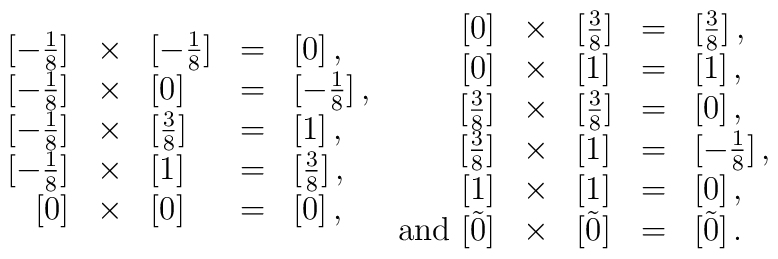
\begin{array}{rclcl}{}[-\frac{1}{8}]&\times&[-\frac{1}{8}] & = & [0]        \,,\\{}[-\frac{1}{8}]&\times&[0]        & = & [-\frac{1}{8}] \,,\\{}[-\frac{1}{8}]&\times&[\frac{3}{8}]  & = & [1]        \,,\\{}[-\frac{1}{8}]&\times&[1]        & = & [\frac{3}{8}]  \,,\\{}       [0]&\times&[0]        & = & [0]        \,,  \end{array}  \begin{array}{rclcl}{}       [0]&\times&[\frac{3}{8}]  & = & [\frac{3}{8}]  \,,\\{}       [0]&\times&[1]        & = & [1]        \,,\\{} [\frac{3}{8}]&\times&[\frac{3}{8}]  & = & [0]        \,,\\{} [\frac{3}{8}]&\times&[1]        & = & [-\frac{1}{8}] \,,\\{}       [1]&\times&[1]        & = & [0]        \,,\\ {\rm and\ }{}  [\tilde0]&\times&[\tilde0] & = & [\tilde0]  \,.  \end{array}